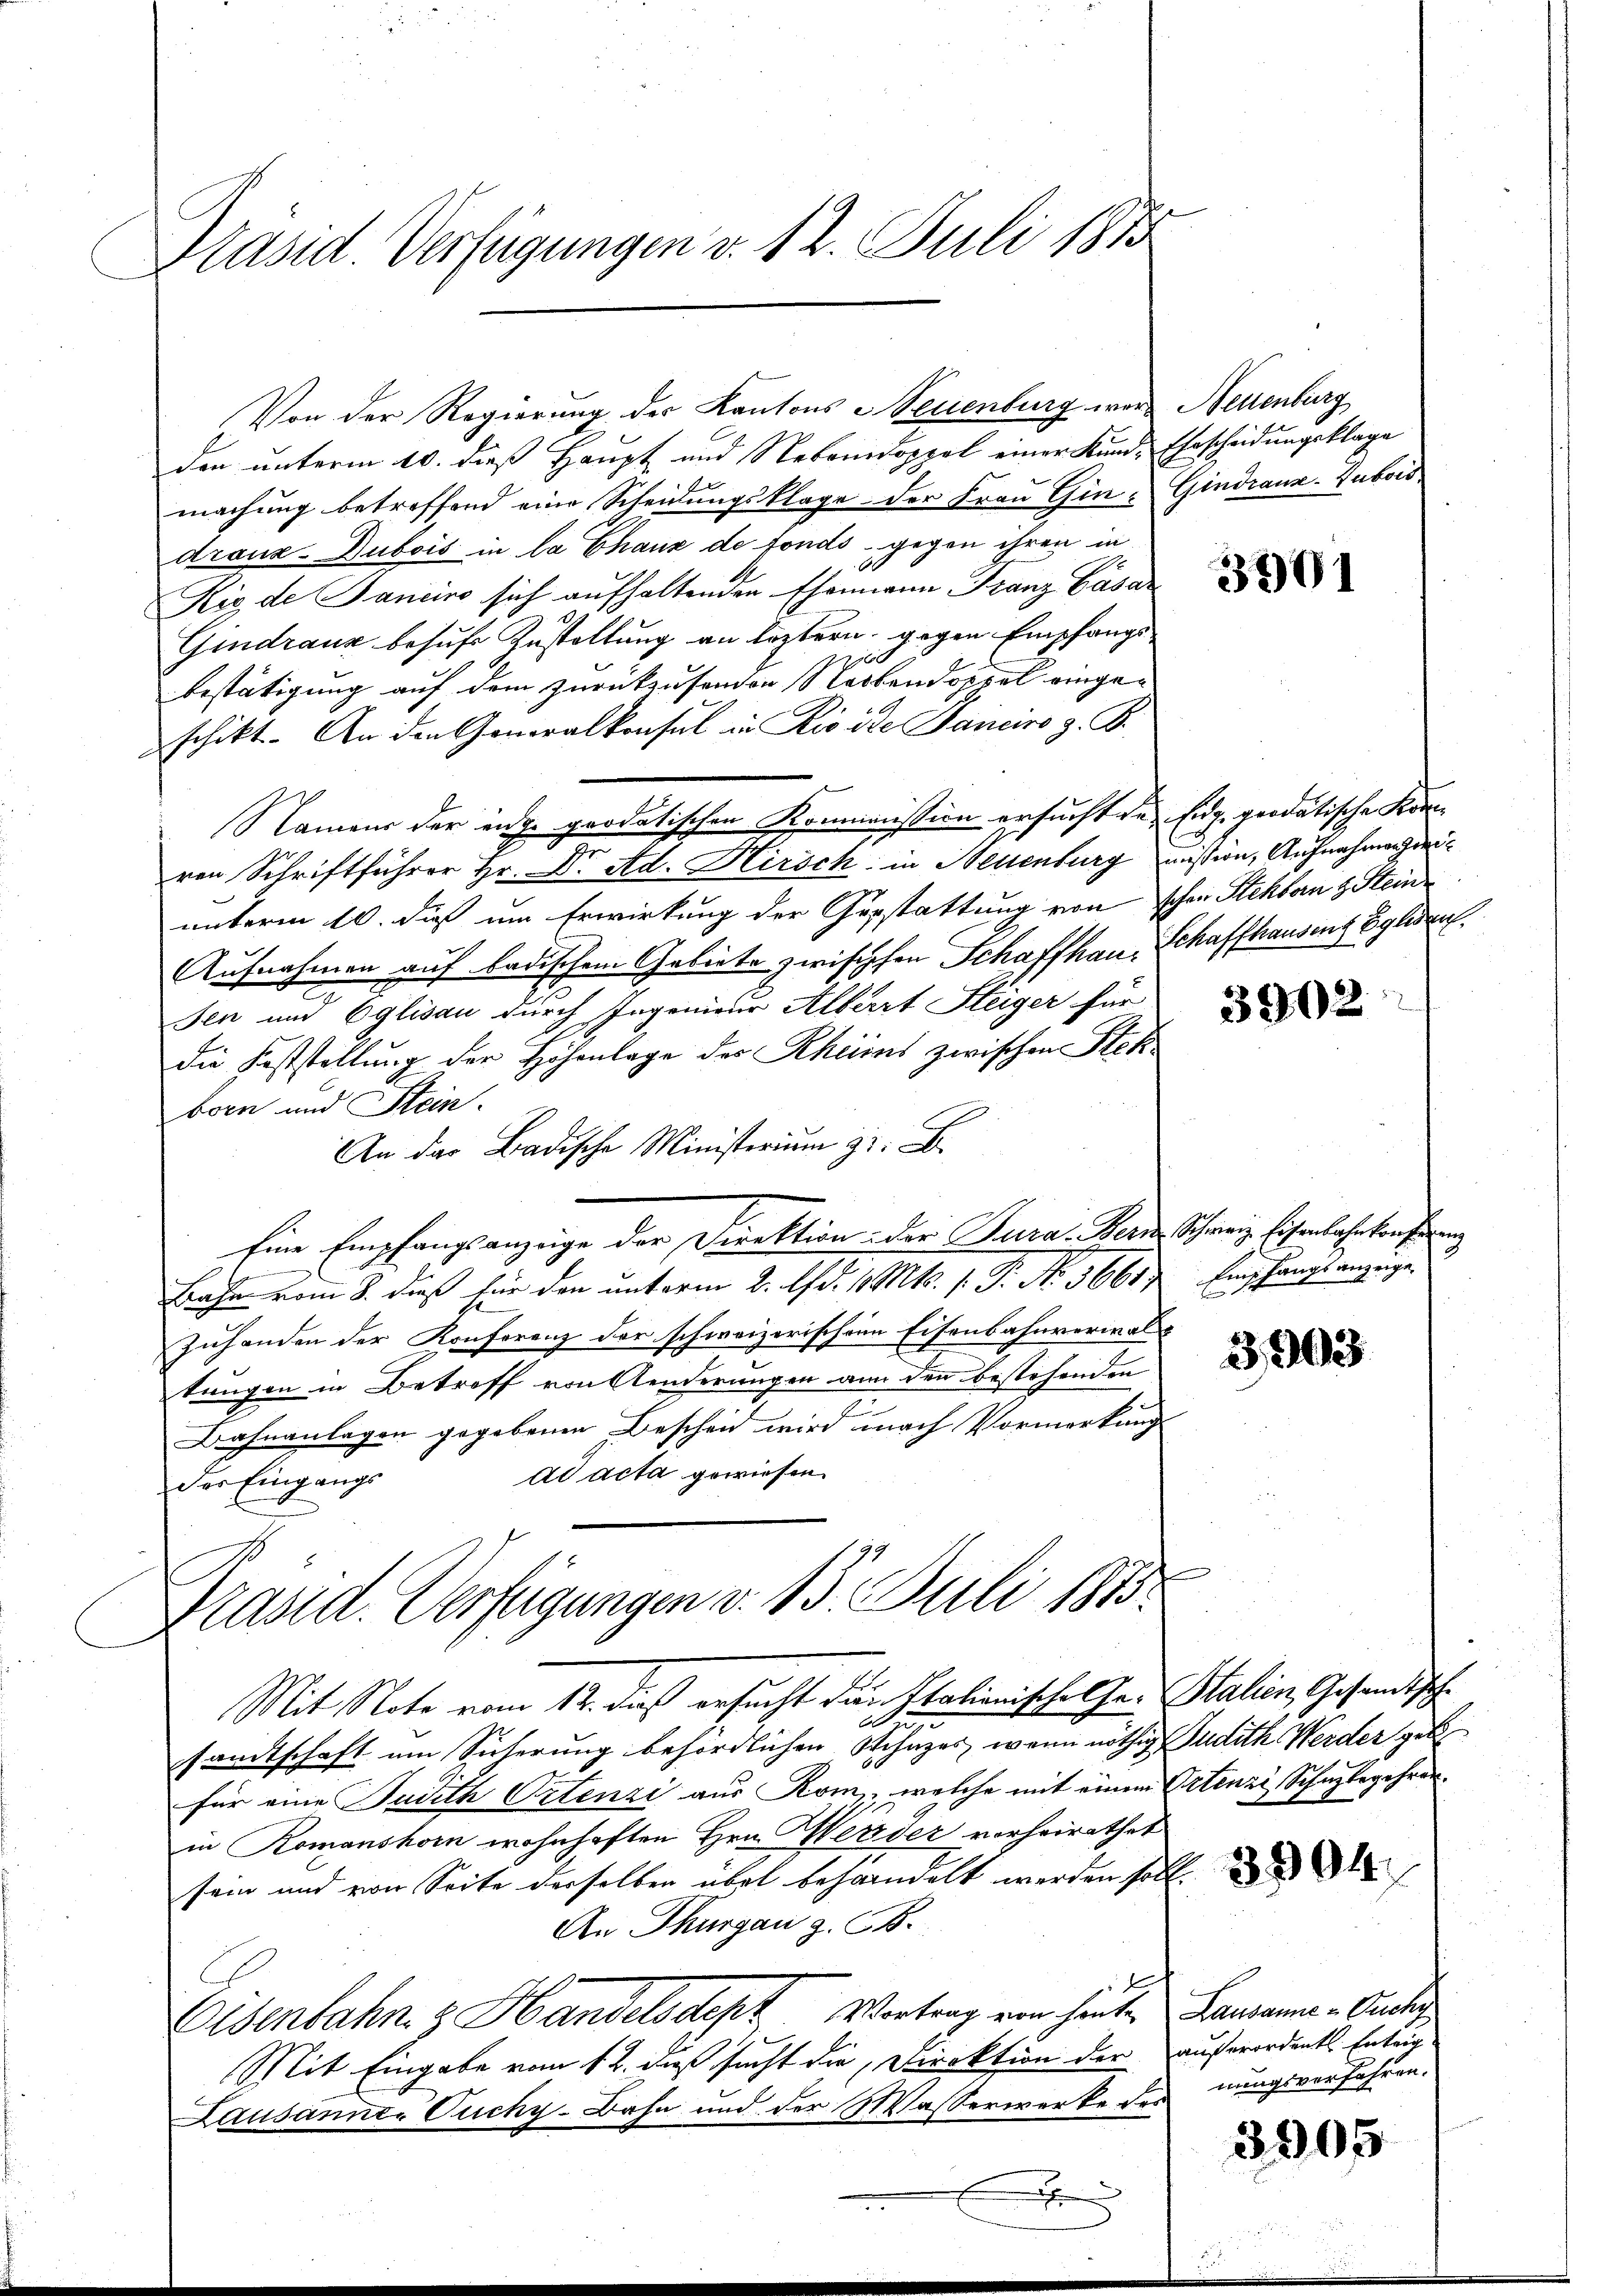
Präsid. Verfügungen v. 12. Juli 1855

Von der Regierung der Kantons Neuenburg war Neuenburg
den unterm 10. dieß Haupt und Nebendoppel einer Kund- Ehrscheidungsklage
machung betreffend eine Scheidungsklage der Frau Chin- Gindranz-Dubois
dranz-Dubois in la Chaux de fonds gegen ihren in
0
Kic de Sancino sich aufhaltenden Ehemann Franz Cäsar
Gindranz behufs Zustaltung an leztern, gegen Empfangse
bestätigung auf dem zurückzusenden Stackendoppel eingeschikt. An den Generalkonsul in Rivite Janeiro z. B.
Namens der eige prodatischen Kommission ersucht des Eidg. prodatische Komren Schriftführer Hr. Dr. Ad. Hirsch in Neuenburg mission, Aufnahmen zweiunterm 10. Fuß um Erwirkung der Gerstattung von schon Stehbarn & Stein¬
Aufnahmen auf badischem Gebiete zwisischen Schaffhau, Schaffhausent Soliden.
sen und Eglisau durch Ingenieur Albert Steiger für
Die Feststellung der Höhenlage der Rheims zwischen Steck
born und Stein.
An das Badische Ministerium z. B.
Eine Empfangsanzüge der Direktion der Jura. Bern Schweiz. Eisenbahr trafung
Bahn vom 8. dieß für den unterm 2. d. 1 Mts. 1. P. Nr. 3661
Zuhanden der Konferenz der schweizerischen Eisenbahnverwaltungen in Betreff von Aenderungen an den bestehenden
Bahnanlagen gegebenen Bescheid wird nach Vormerkung
ad acta gewiesen.
der Eingangs
Präsid. Verfügungen v. 13. Juli 1873.
Mit Note vom 12. dieß ersucht den Italionische Chr. Stalien, Gesandtsche
Dur
sandtschaft um Sicherung behördlichen Schuzes, wenn nöthig Judith Werder geb
für eine Judith Ortenzi aus Rom, welche mit einem Ortenzi, Schuzbegehrerin Romanshorn wohnhaften Hrn. Merz der vorheirathet
sein und von Seite derselben aber behandelt werden soll
An Thurgau z. B.
f
Oldenbahn. z. Handelsdept Vortrag von heute Lausanne - Gute
Mit Eingabe vom 12. daß sucht die Direktion der außerordentl. Entrig
Lausannes Fuchy-Bahn und der Wasserwerke des

e

3901

.

3902

Empfangsanzeige
.

3, 393

nungsverfahren.

3905